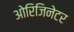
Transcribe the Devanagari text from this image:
ओरिजिनेटर